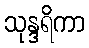
သုန္ဒရိကာ